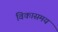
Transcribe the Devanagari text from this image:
विकासमय